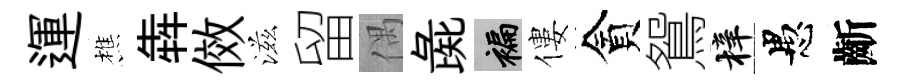
運樵犇傚滋留偶彘褊僂貪鴛梓愚齗